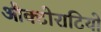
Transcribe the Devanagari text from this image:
औक्टोराटियो